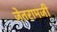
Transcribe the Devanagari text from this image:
जेतरामजी